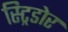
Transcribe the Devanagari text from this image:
स्ट्रिडोर